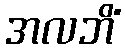
အလဘိံ